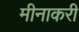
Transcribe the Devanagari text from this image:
मीनाकरी